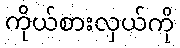
ကိုယ်စားလှယ်ကို